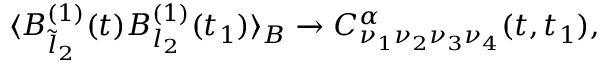
\begin{array} { r } { \langle B _ { \tilde { l } _ { 2 } } ^ { ( 1 ) } ( t ) B _ { l _ { 2 } } ^ { ( 1 ) } ( t _ { 1 } ) \rangle _ { B } \to C _ { \nu _ { 1 } \nu _ { 2 } \nu _ { 3 } \nu _ { 4 } } ^ { \alpha } ( t , t _ { 1 } ) , } \end{array}